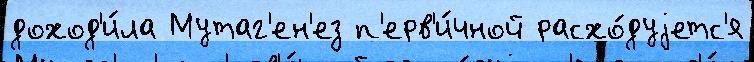
доход'и́ла Мутаг'ен'ез п'ерв'и́чной расхо́дуjетс'я